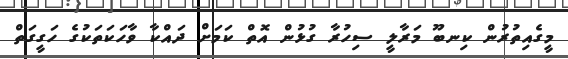
މީގެއިތުރުން ކިނބޫ މަރާލީ ސިހުރާ ގުޅުން އޮތް ކަަމަށް ދައްކާ ވާހަކަތަކުގެ ހަގީގަތް